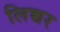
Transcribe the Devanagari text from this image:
लिच्चर